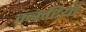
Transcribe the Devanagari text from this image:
कंकरियाँ